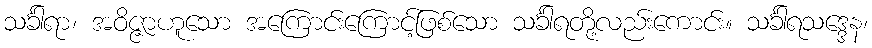
သင်္ခါရာ၊ အဝိဇ္ဇာဟူသော အကြောင်းကြောင့်ဖြစ်သော သင်္ခါရတို့လည်းကောင်း။ သင်္ခါရသဒ္ဒေန၊